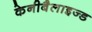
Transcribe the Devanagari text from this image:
केनीबैलाइज्ड